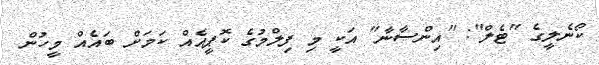
ކޯނެލީގެ "ޓެލް": "އިންސާނާ" އަކީ މި ފިލްމުގެ ކޮޕީއެއް ކަމަށް ބައެއް މީހުން